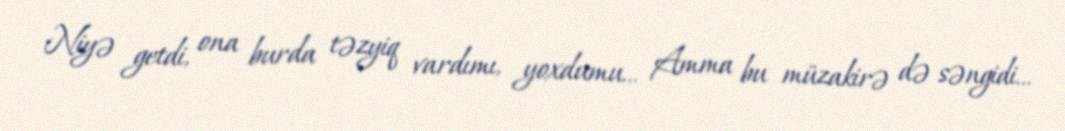
Niyə getdi, ona burda təzyiq vardımı, yoxdumu… Amma bu müzakirə də səngidi…